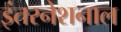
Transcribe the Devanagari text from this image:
इंतरनेशनाल